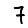
Digit: 7